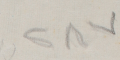
٢٨٧